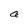
Character: a